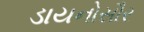
ડાયનોસૌર